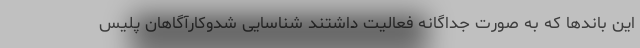
این باندها که به صورت جداگانه فعالیت داشتند شناسایی شدوکارآگاهان پلیس